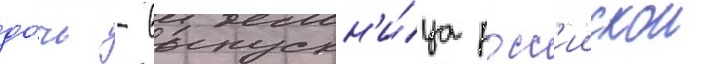
до́чь - выпускн'и́ца росс'иискои